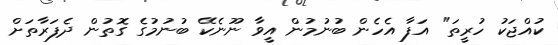
ކުއްޖަކު ހުރީތަ" އަފާ އެހެން ބުނުމުން އީވާ ނޫނެކޭ ބުނުމުގެ ގޮތުން ދެފަރާތަށް